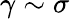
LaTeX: \gamma\sim\sigma